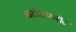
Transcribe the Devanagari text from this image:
आटोकम्प्लीट